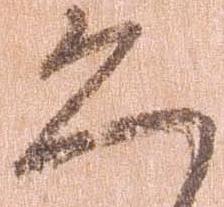
恐